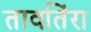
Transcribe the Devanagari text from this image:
तावतिंरा